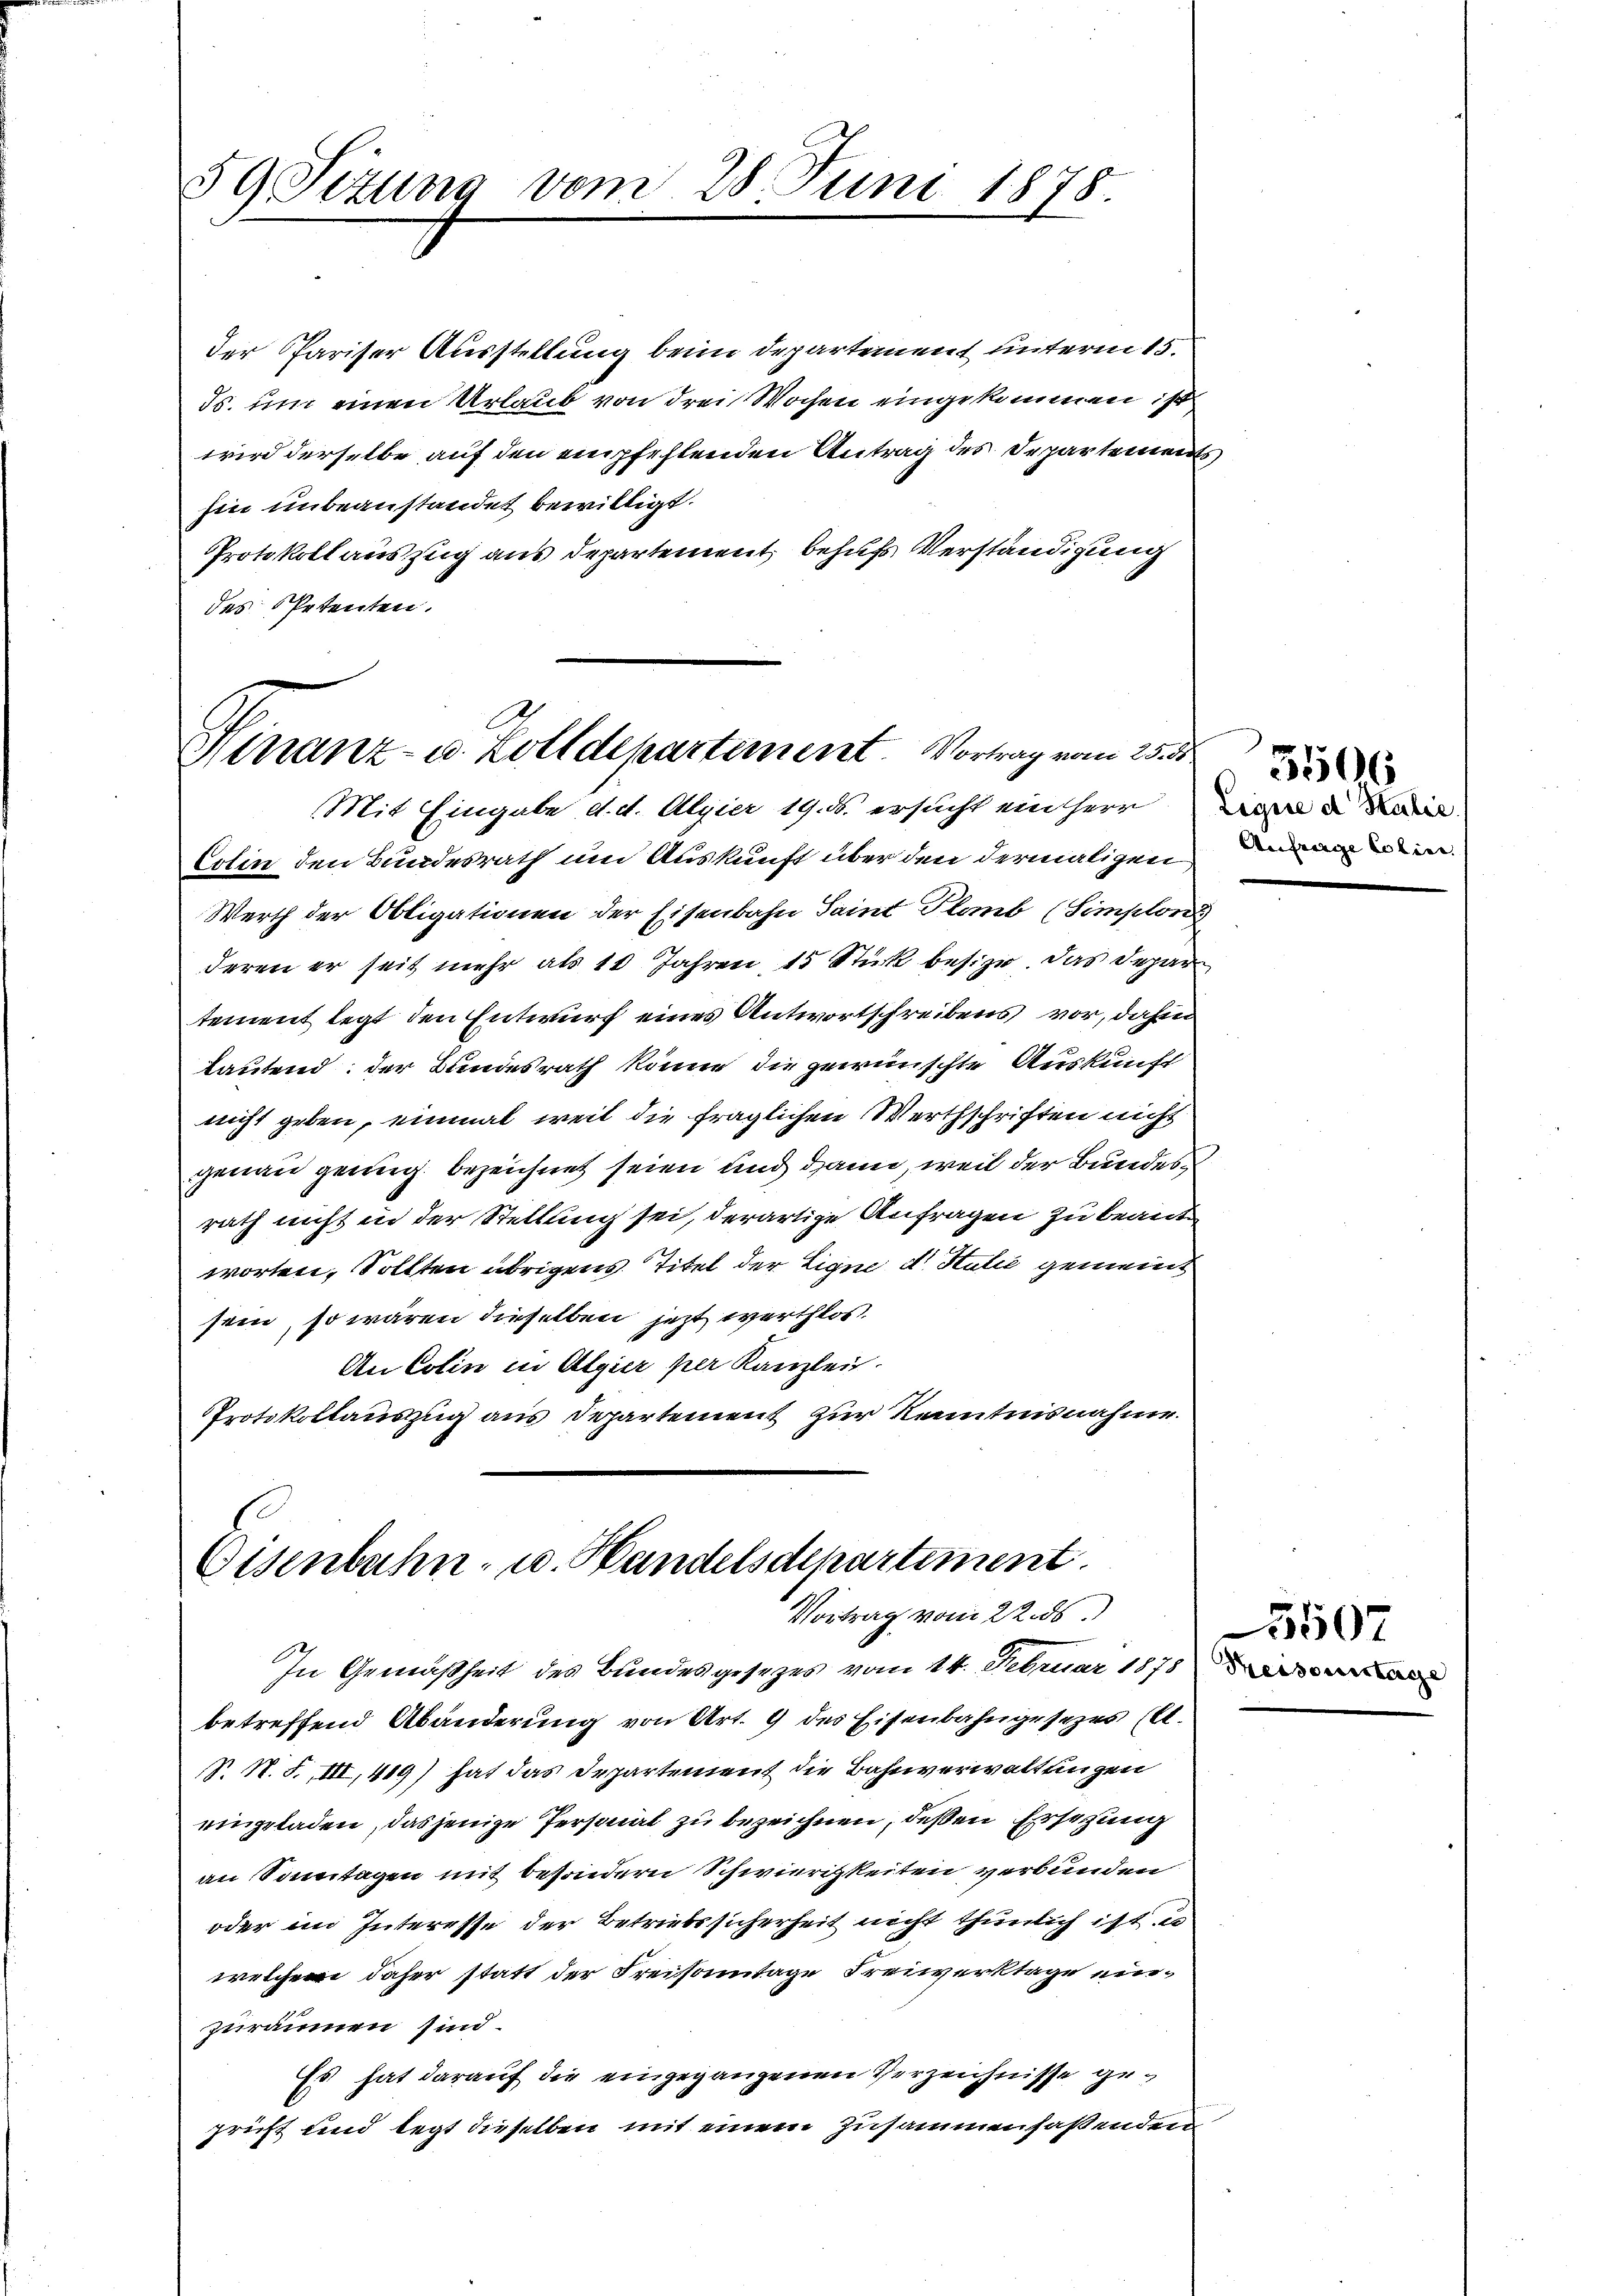
59 Tizung vom 28. Juni 1878.

der Pariser Ausstellung beim Departement unterm 15.
ds. um einen Urlaub von drei Wochen eingekommen ist
wird derselbe auf den empfehlenden Antrag des Departements
hin unbeanstandet bewilligt.
Protokoll auszug aus departement behufs Verständigung
des Petenten.

Hinanz- u. Zolldepartement. Vortrag vom 25. d
Mit Eingabe d. d. Alpier 19. ds. ersucht ein Herr

Colin den Bundesrath um Auskunft über den dermaligen den
Werth der Obligationen der Eisenbahn Saint Glaub (Simplon
deren er seit mehr als 10 Jahren, 15 Stück besize. Das Depar
tement legt den Entwurf eines Antwortschreibens vor, dahin
lautend; der Bundesrath könne die gewünschte Auskunft
nicht geben, einmal weit die fraglichen Werthschriften nicht
genau genug bezeichnet seien und dann, weil der Bundes
rath nicht in der Stellung sei, derartige Anfragen zu beantworten, Sollten übrigens Titel der Eigne d. Stalić gemeint
sein, so wären dieselben jetzt werthlos
An Colin in Algier per Kanzlei.
Protokollauszug aus Departement zur Kenntnisnahme.

Eisenbahn- u. Handelsdepartement.
Vortrag vom 22. ds.

In Gemäßheit des Bundesgesetzes vom 14. Februar 1878
betreffend Abänderung von Art. 9 des Eisenbahngesezes (lt.
N. N. F. III, 419) hat das Departement die Bahnverwaltungen
eingeladen, dasjenige Personal zu bezeichnen, deßen Ersetzung
an Sonntagen mit besondern Schwierigkeiten verbunden
oder im Interesse der Betriebssicherheit nicht thunlich ist es
welchem daher statt der Freisamtage Freiwerktage einzuräumen sind.
Es hat darauf die eingegangenen Verzeichnisse gepricht und legt dieselben mit einem zusammenfaßenden

5506

550

acze